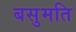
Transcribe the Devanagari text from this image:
बसुमति